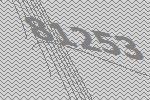
81253